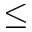
\leq